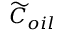
\widetilde { C } _ { o i l }